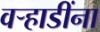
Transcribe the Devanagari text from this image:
वर्‍हाडींना